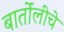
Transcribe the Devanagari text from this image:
बार्तोलीचे